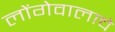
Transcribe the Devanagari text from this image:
लोंगेवालाचे